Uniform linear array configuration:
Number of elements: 32
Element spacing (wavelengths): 0.5
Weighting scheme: kaiser
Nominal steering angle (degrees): -15
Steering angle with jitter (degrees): -14.298
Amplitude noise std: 0.05
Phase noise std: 0.05

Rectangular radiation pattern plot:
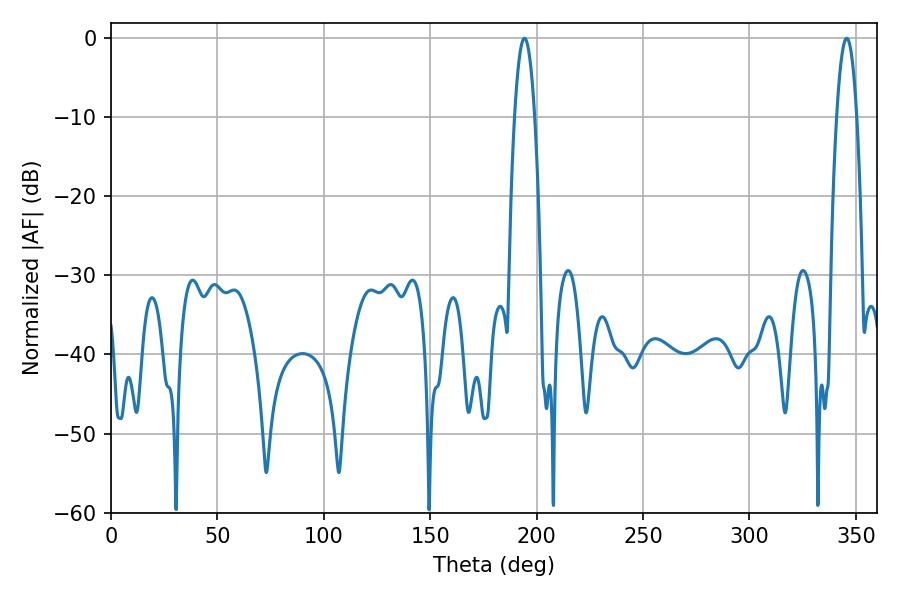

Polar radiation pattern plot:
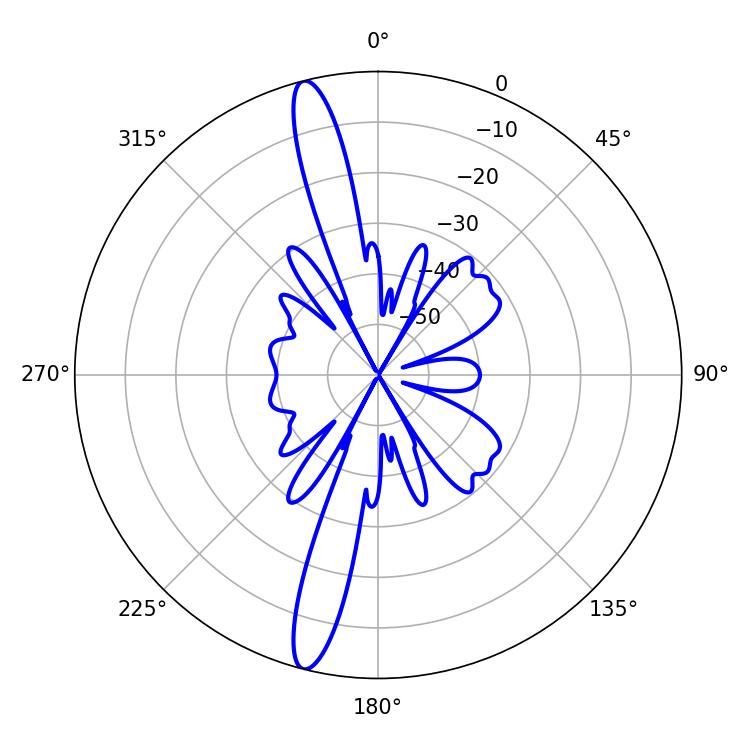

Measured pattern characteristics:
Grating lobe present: FALSE
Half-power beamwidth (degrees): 5.22
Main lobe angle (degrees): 194.22